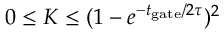
0 \leq K \leq ( 1 - e ^ { { - t _ { \mathrm { g a t e } } } / { 2 \tau } } ) ^ { 2 }